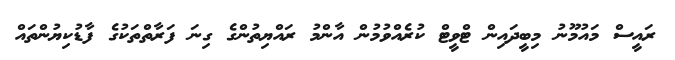
ރައީސް މައުމޫނު މިބީދައިން ޓްވީޓް ކުރެއްވުމުން އާންމު ރައްޔިތުންގެ ގިނަ ފަރާތްތަކުގެ ފާޑުކިޔުންތައް